Report of the Indian Hemp Drugs Commission, 1894-1895 - Volume I
Year: 1894
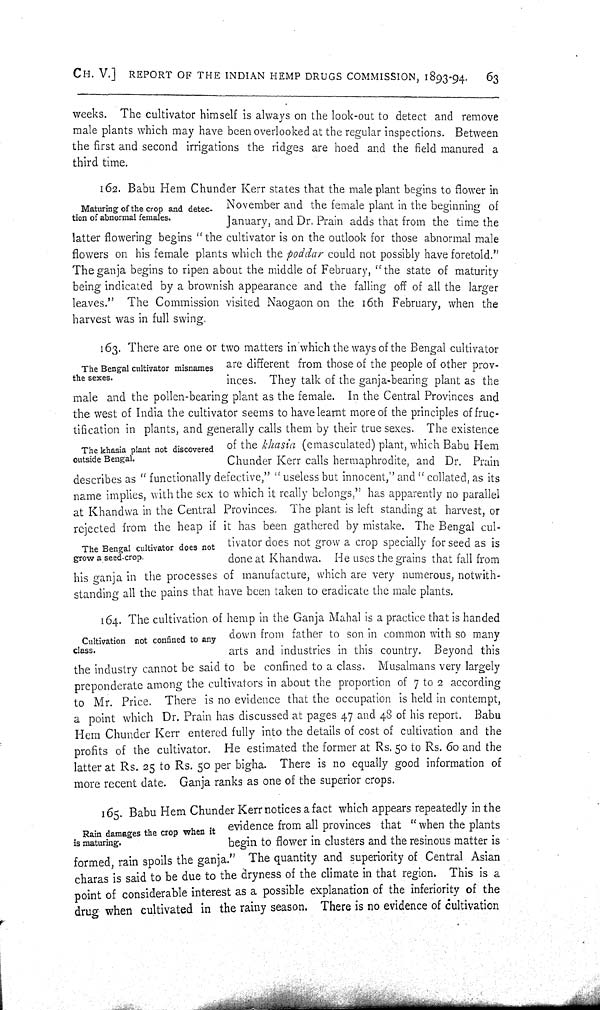
CH. V.] REPORT OF THE INDIAN HEMP DRUGS COMMISSION, 1893-94.
63
weeks. The cultivator himself is always on the look-out to detect and remove
male plants which may have been overlooked at the regular inspections. Between
the first and second irrigations the ridges are hoed and the field manured a
third time.
Maturing of the crop and detec-
tion of abnormal females.
162. Babu Hem Chunder Kerr states that the male plant begins to flower in
November and the female plant in the beginning of
January, and Dr. Prain adds that from the time the
latter flowering begins "the cultivator is on the outlook for those abnormal male
flowers on his female plants which the poddar could not possibly have foretold."
The ganja begins to ripen about the middle of February, "the state of maturity
being indicated by a brownish appearance and the falling off of all the larger
leaves." The Commission visited Naogaon on the 16th February, when the
harvest was in full swing.
The Bengal cultivator misnames
the sexes.
The khasia plant not discovered
outside Bengal.
The Bengal cultivator does not
grow a seed-crop.
163. There are one or two matters in which the ways of the Bengal cultivator
are different from those of the people of other prov-
inces. They talk of the ganja-bearing plant as the
male and the pollen-bearing plant as the female. In the Central Provinces and
the west of India the cultivator seems to have learnt more of the principles of fruc-
tification in plants, and generally calls them by their true sexes. The existence
of the khasia (emasculated) plant, which Babu Hem
Chunder Kerr calls hermaphrodite, and Dr. Prain
describes as "functionally defective," "useless but innocent," and "collated, as its
name implies, with the sex to which it really belongs," has apparently no parallel
at Khandwa in the Central Provinces. The plant is left standing at harvest, or
rejected from the heap if it has been gathered by mistake. The Bengal cul-
tivator does not grow a crop specially for seed as is
done at Khandwa. He uses the grains that fall from
his ganja in the processes of manufacture, which are very numerous, notwith-
standing all the pains that have been taken to eradicate the male plants.
Cultivation not confined to any
class.
164. The cultivation of hemp in the Ganja Mahal is a practice that is handed
down from father to son in common with so many
arts and industries in this country. Beyond this
the industry cannot be said to be confined to a class. Musalmans very largely
preponderate among the cultivators in about the proportion of 7 to 2 according
to Mr. Price. There is no evidence that the occupation is held in contempt,
a point which Dr. Prain has discussed at pages 47 and 48 of his report. Babu
Hem Chunder Kerr entered fully into the details of cost of cultivation and the
profits of the cultivator. He estimated the former at Rs. 50 to Rs. 60 and the
latter at Rs. 25 to Rs. 50 per bigha. There is no equally good information of
more recent date. Ganja ranks as one of the superior crops.
Rain damages the crop when it
is maturing.
165. Babu Hem Chunder Kerr notices a fact which appears repeatedly in the
evidence from all provinces that "when the plants
begin to flower in clusters and the resinous matter is
formed, rain spoils the ganja." The quantity and superiority of Central Asian
charas is said to be due to the dryness of the climate in that region. This is a
point of considerable interest as a possible explanation of the inferiority of the
drug when cultivated in the rainy season. There is no evidence of cultivation